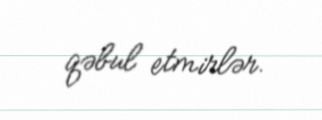
qəbul etmirlər.